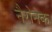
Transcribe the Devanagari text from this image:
नैरोनेक